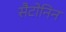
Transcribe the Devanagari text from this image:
सैटोनिन